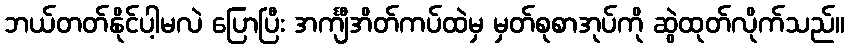
ဘယ်တတ်နိုင်ပါ့မလဲ ပြောပြီး အင်္ကျီအိတ်ကပ်ထဲမှ မှတ်စုစာအုပ်ကို ဆွဲထုတ်လိုက်သည်။